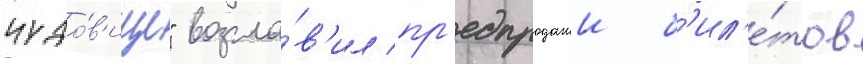
чудо́в'ище" возгла́в'ил пр'едпродажи б'ил'е́тов